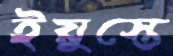
ইয়ুস্তে